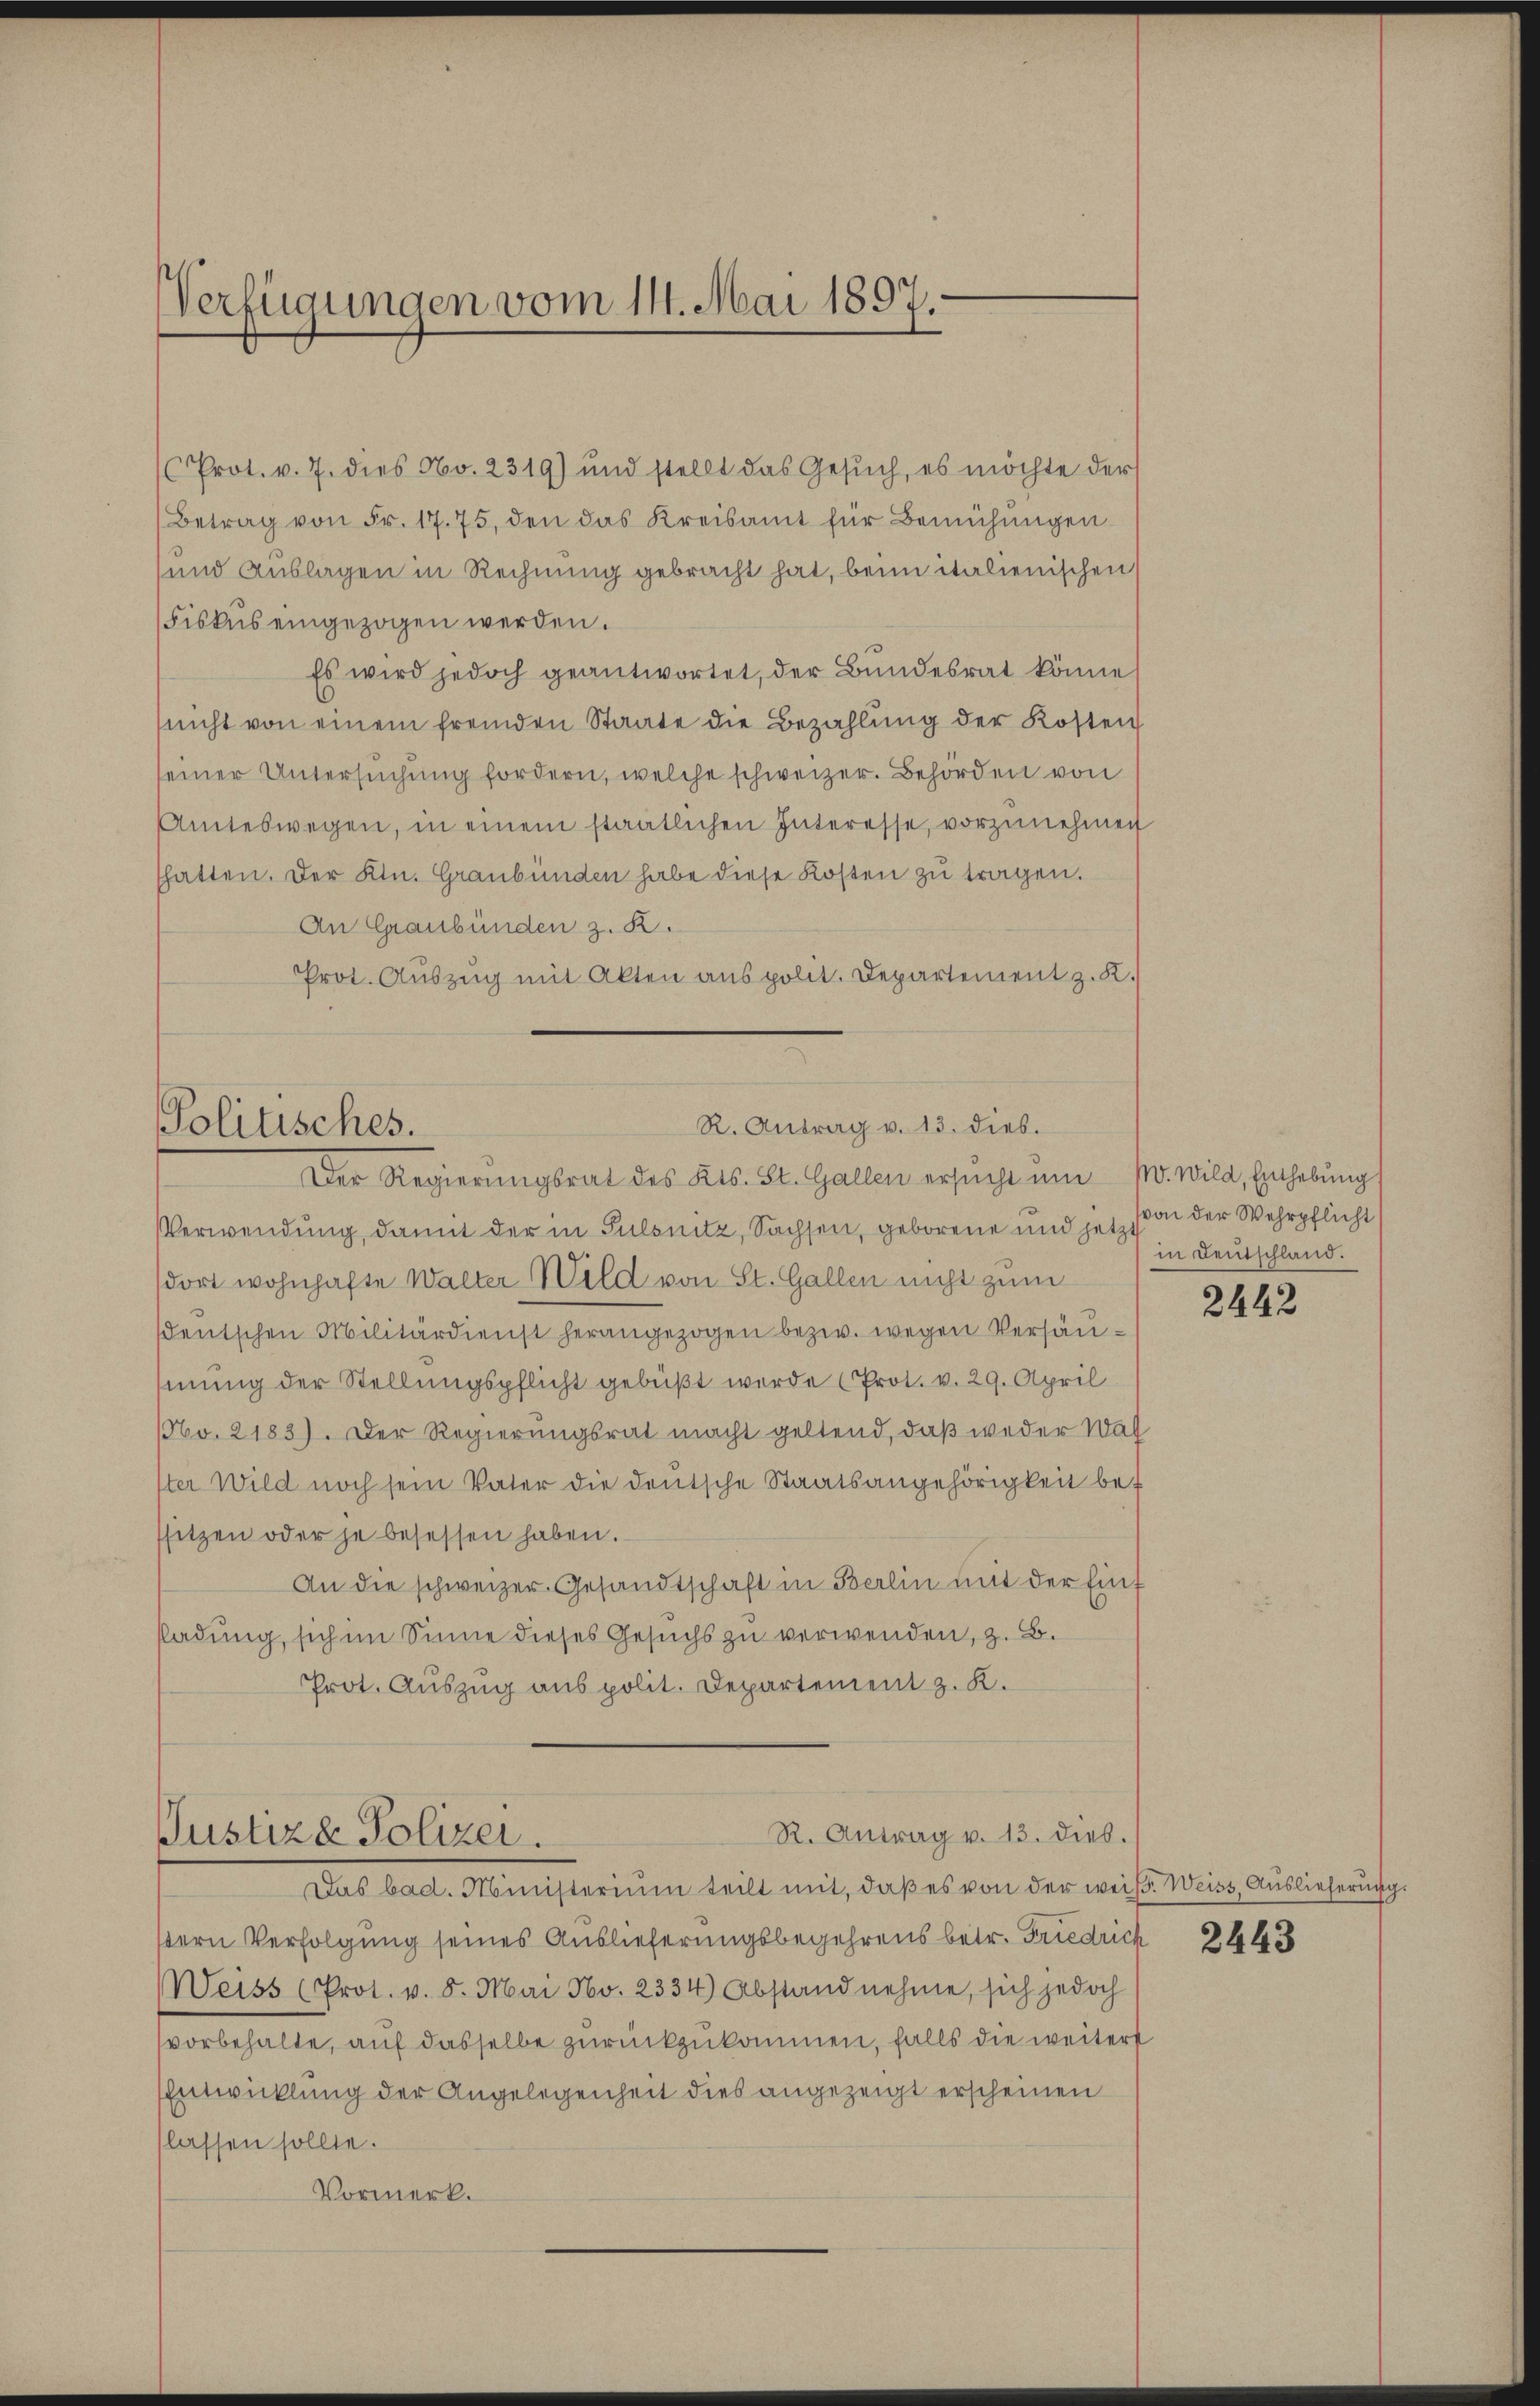
Verfügungen vom 14. Mai 1897.

Prot. v. 7. dies No. 2319) und stellt das Gesŭch, es möchte der
Betrag von Fr. 17. 75, den das Kreisamt für Bemühungen
und Auslagen in Rechnung gebracht hat, beim italienischen
Fiskus eingezogen werden.
Es wird jedoch geantwortet, der Bundesrat könne,
nicht von einem fremden Staate die Bezahlŭng der Kosten
seiner Untersŭchŭng fordern, welche schweizer. Behörden von
Amteswegen, in einem staatlichen Interesse, vorzŭnehmen
hatten. Der Ktn. Graubünden habe diese Kosten zu tragen.
An Graubünden z. R.
Prot. Auszug mit Akten aus polit. Departement z. K.

R. Antrag v. 13. dieb.
Politisches.
Der Regierŭngsrat des Kts. St. Gallen ersŭcht ŭm M. Wild, Einthebung

Verwendung, damit der in Pulsnitz, Sachsen, geborene und jetz von der Wehrpflicht
dort wohnhafte Walter Wild von St. Gallen nicht zum
sdeutschen Militärdienst herangezogen bezw. wegen Versäumung der Stellungspflicht gebüßt werde (Prot. v. 29. April
NNo. 2183). Der Regierungsrat macht geltend, daß weder Wal
1ter Wild noch sein Vater die deutsche Staatsangehörigkeit bet
ssitzen oder je besessen haben.
An die schweizer. Gesandtschaft in Berlin mit der Eint
ladung, sich im Sinne dieses Gesuchs zu verwenden, z. B.
Prot. Auszug aus polit. Departement z. K.

R. Antrag v. 13. dieb.
Justiz & Polizei.
Das bad. Ministerium teilt mit, daß es von der weiß. Weiss, Auslieferung.

in Deutschland.

stern Verfolgung seines Auslieferungsbegehrens betr. Friedrich 2443
Weiss (Prot. v. 8. Mai No. 2334) Abstand nehme, sich jedoch
vorbehalte, auf dasselbe zurückzukommen, falls die weiters
Entwicklung der Angelegenheit dies angezeigt erscheinen
lassen sollte.
Vormerk.

2442